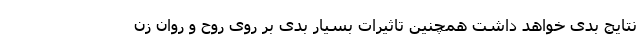
نتایج بدی خواهد داشت همچنین تاثیرات بسیار بدی بر روی روح و روان زن